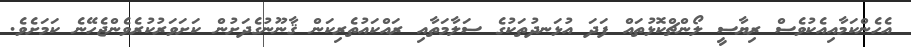
އެހެންކަމާއިއެކުވެސް ރިޔާސީ ލޯންޗްކޮޅުތައް ފަދަ އުޅަނދުތަކުގެ ސަލާމަތާއި ރައްކައުތެރިކަން ޤާނޫނުގެދަށުން ކަށަވަރުކުރެވެންޖެހޭނެ ކަމަށެވެ.